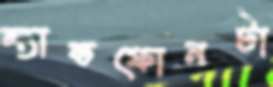
ল্যান্ডফোনটা